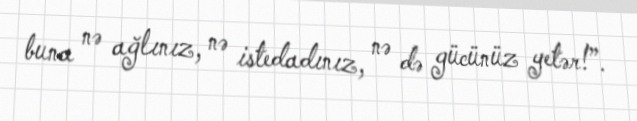
buna nə ağlınız, nə istedadınız, nə də gücünüz yetər!”.